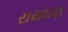
રાયઘણ